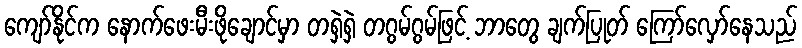
ကျော်နိုင်က နောက်ဖေးမီးဖိုချောင်မှာ တရှဲရှဲ တဂွမ်ဂွမ်ဖြင့် ဘာတွေ ချက်ပြုတ် ကြော်လှော်နေသည်